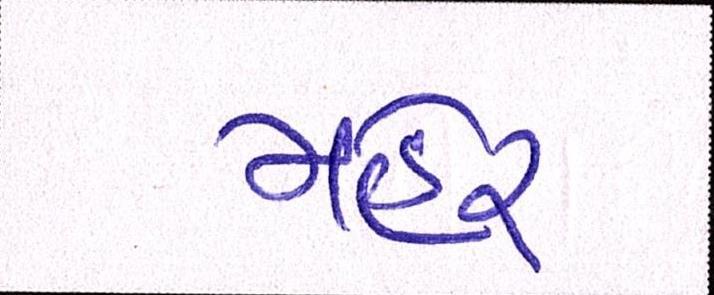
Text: મહેર